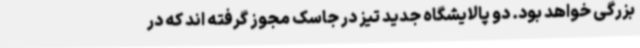
بزرگی خواهد بود. دو پالایشگاه جدید تیز در جاسک مجوز گرفته اند که در